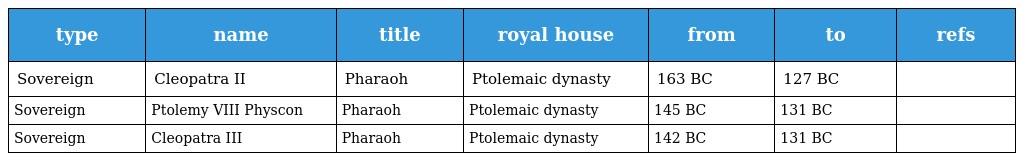
| type | name | title | royal house | from | to | refs |
 | --- | --- | --- | --- | --- | --- | --- |
 | Sovereign | Cleopatra II | Pharaoh | Ptolemaic dynasty | 163 BC | 127 BC |  |
 | Sovereign | Ptolemy VIII Physcon | Pharaoh | Ptolemaic dynasty | 145 BC | 131 BC |  |
 | Sovereign | Cleopatra III | Pharaoh | Ptolemaic dynasty | 142 BC | 131 BC |  |